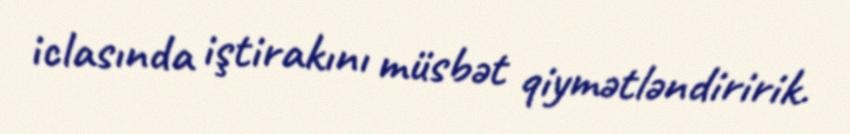
iclasında iştirakını müsbət qiymətləndiririk.